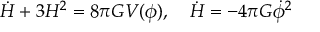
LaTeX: \dot { H } + 3 H ^ { 2 } = 8 \pi G V ( \phi ) , ~ ~ ~ \dot { H } = - 4 \pi G \dot { \phi } ^ { 2 }